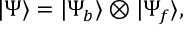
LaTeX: | \Psi \rangle = | \Psi _ { b } \rangle \otimes | \Psi _ { f } \rangle ,